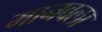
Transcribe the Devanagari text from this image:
मानवला